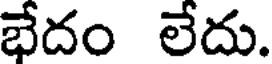
భేదం లేదు.